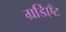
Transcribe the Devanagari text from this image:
ग्रडिएँट